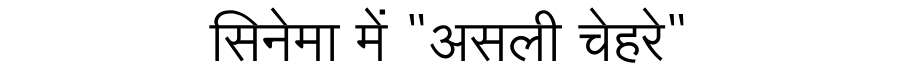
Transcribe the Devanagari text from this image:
सिनेमा में "असली चेहरे"